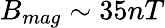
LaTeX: B_{mag}\sim 35nT